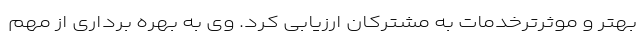
بهتر و موثرترخدمات به مشترکان ارزیابی کرد. وی به بهره برداری از مهم